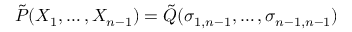
{ \tilde { P } } ( X _ { 1 } , \ldots , X _ { n - 1 } ) = { \tilde { Q } } ( \sigma _ { 1 , n - 1 } , \ldots , \sigma _ { n - 1 , n - 1 } )